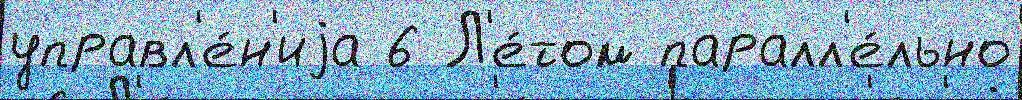
управл'е́н'иjа 6 Л'е́том паралл'е́льно